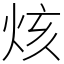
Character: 烗